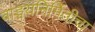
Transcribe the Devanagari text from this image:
वाङ्मयनिर्मितीचा